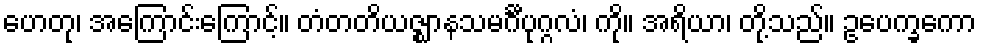
ဟေတု၊ အကြောင်းကြောင့်။ တံတတိယဇ္ဈာနသမင်္ဂီပုဂ္ဂလံ၊ ကို။ အရိယာ၊ တို့သည်။ ဥပေက္ခကော